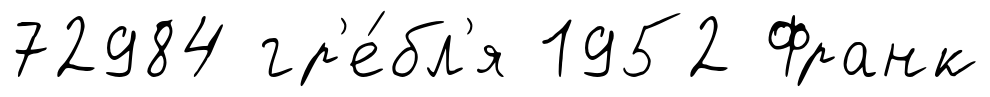
72984 гр'е́бл'я 1952 Франк